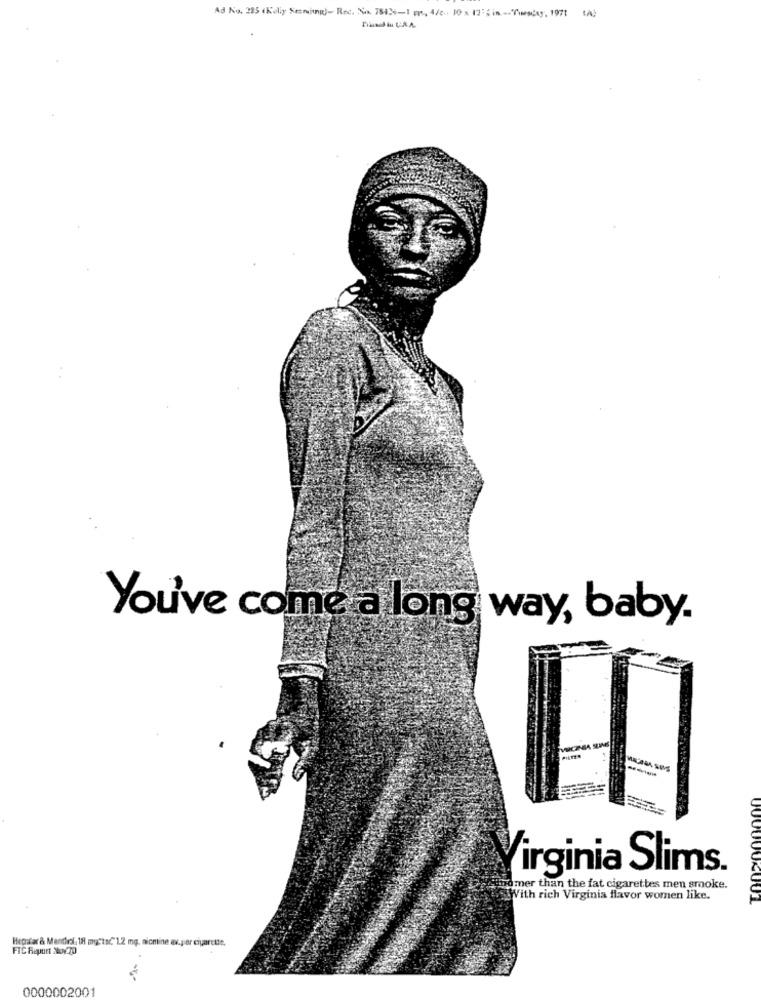
Ad No. 285 (Koly Semina)- Rec. No. 781%-1 pr, A/c. 10 x 12%in-Tweeday, 1971 (A)
Trannol in URA.
You've come a long way, baby.
VECINSA SUMS
Virginia Slims.
thomer than the fat cigarettes men smoke.
With rich Virginia flavor women like.
0000002001
Hegrafar & Menthol 18 mgctaC" 1.2 mg. nicmine av.per cigarette,
FIC Raport Nov.70
0000002001